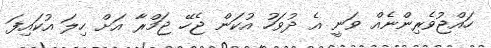
ހައްޖުވެރިންނެއް ވަނީ އެ ދުވަހު އުކަން ޖެހޭ ޖަމްރާ އަށް ހިލަ އުކައިފަ